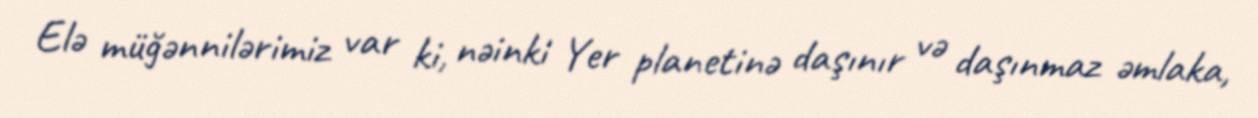
Elə müğənnilərimiz var ki, nəinki Yer planetinə daşınır və daşınmaz əmlaka,